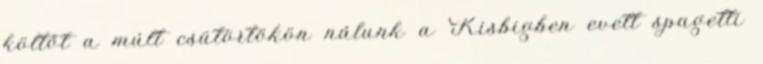
költőt a múlt csütörtökön nálunk a Kisbigben evett spagetti